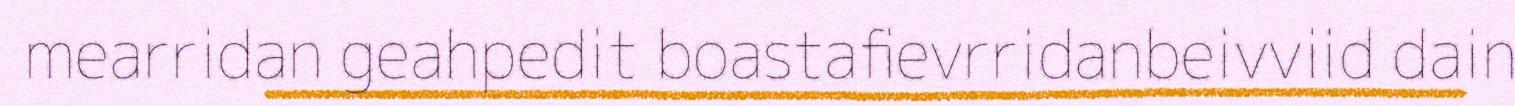
mearridan geahpedit boastafievrridanbeivviid dain